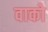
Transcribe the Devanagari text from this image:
वाको